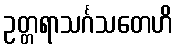
ဥတ္တရာသင်္ဂသတေဟိ